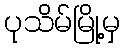
ပုသိမ်မြို့မှ